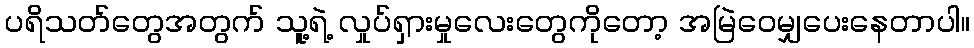
ပရိသတ်တွေအတွက် သူ့ရဲ့ လှုပ်ရှားမှုလေးတွေကိုတော့ အမြဲဝေမျှပေးနေတာပါ။